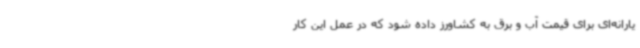
یارانه‌ای برای قیمت آب و برق به کشاورز داده شود که در عمل این کار